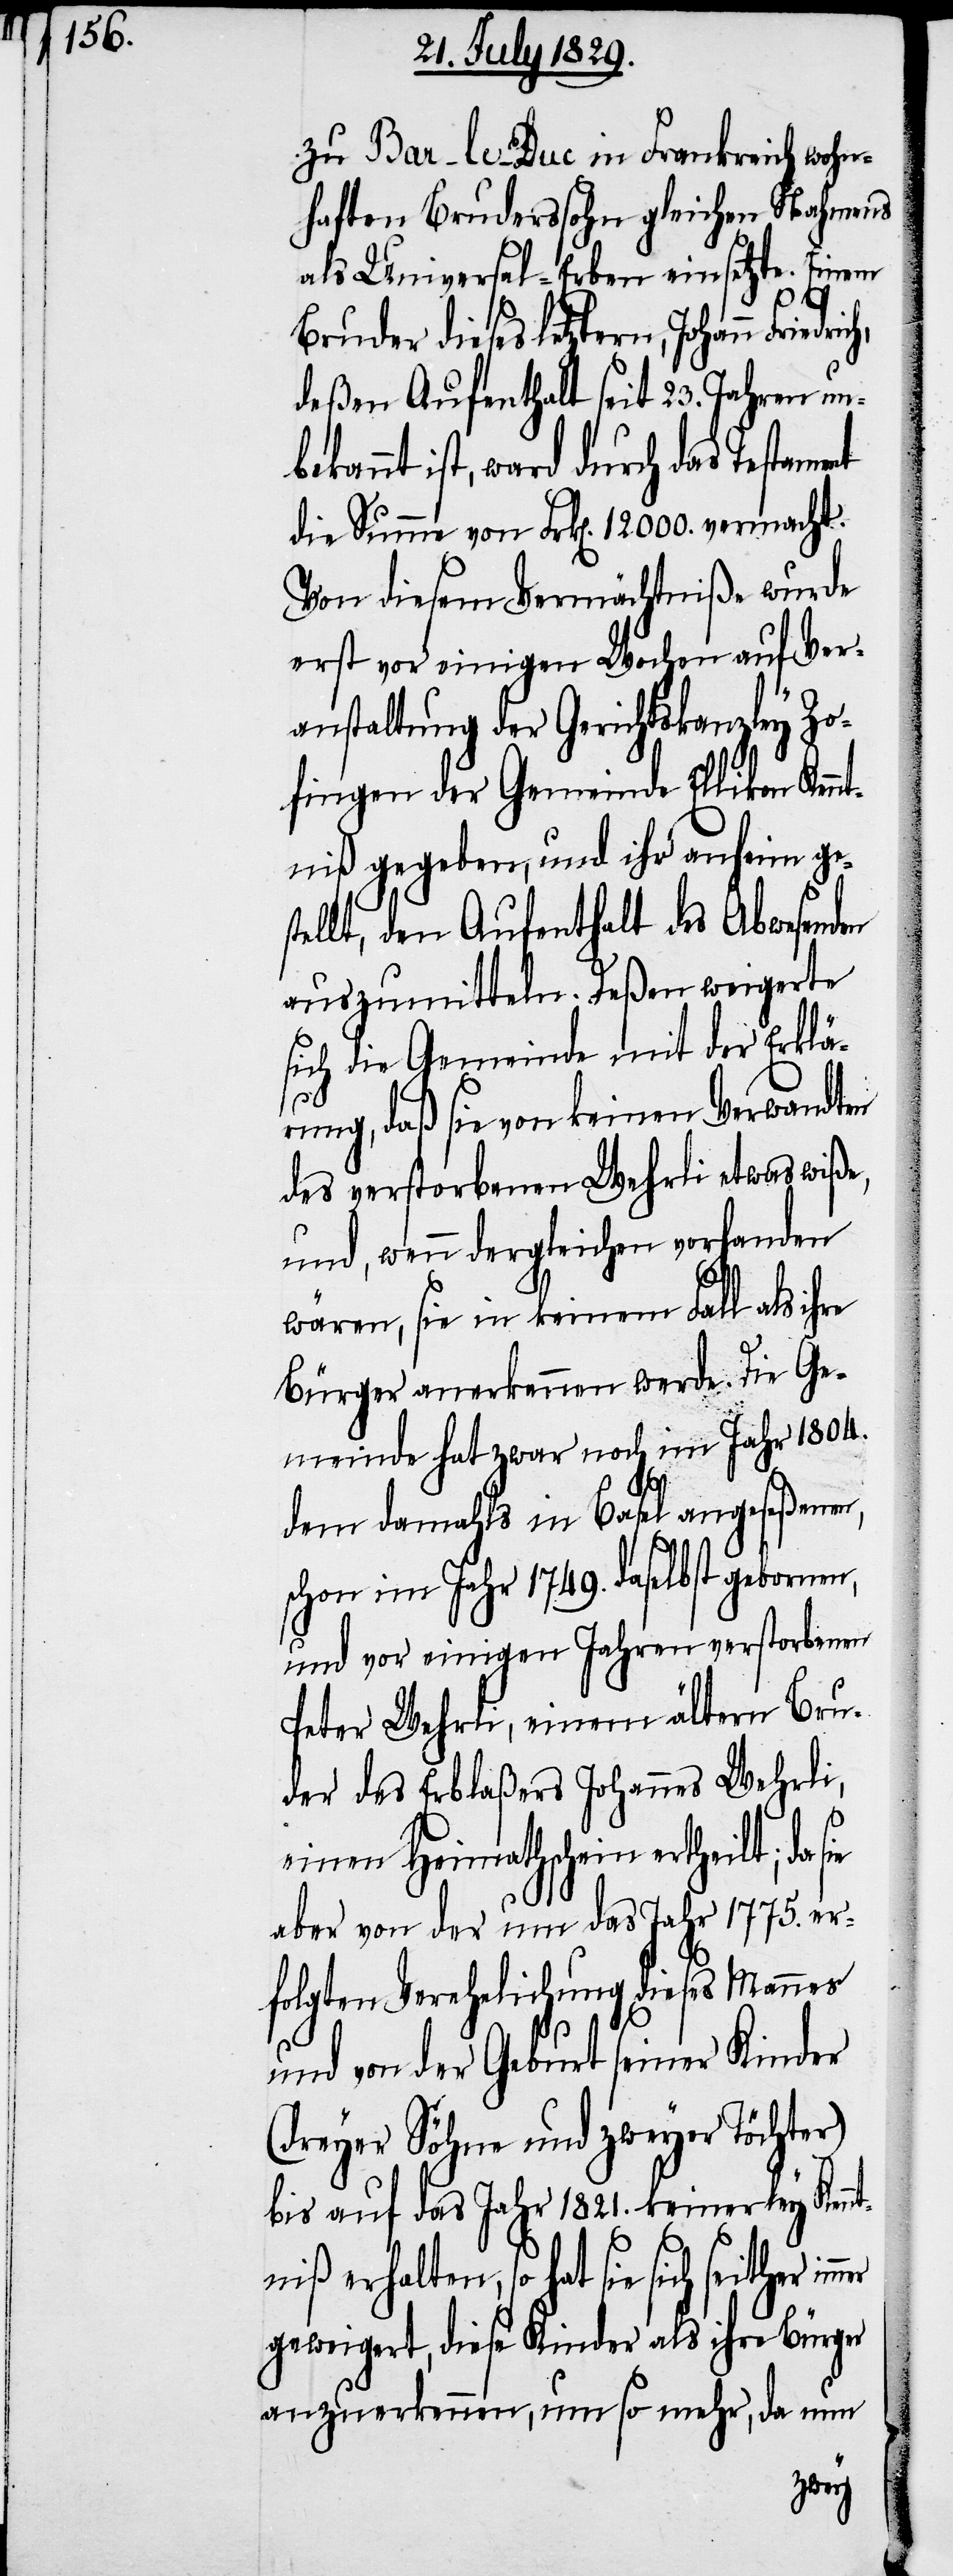
zu Bar-le-Duc in Frankreich wohn¬
haften Bruderssohn gleichen Nahmens
als Universal-Erben einsetzte. Einem
ther
Bruder dieses letztern, Johann
deßen Aufenthalt seit 23. Jahren unb¬
ekannt ist, ward durch das Testament
die Summe von Frk[en]. 12000. vermacht.
Von diesem Vermächtniße wurde
erst vor einigen Wochen auf Ver¬
anstaltung der Gerichtskanzley Zo¬
fingen der Gemeinde Ellikon Kenn¬
tniß gegeben, und ihr anheim ges¬
tellt, den Aufenthalt des Abwesenden
auszumitteln. Deßen weigerte
sich die Gemeinde mit Erklä¬
rung, daß sie von keinen Verwandten
des verstorbenen Wehrli etwas wiße,
und, wenn dergleichen vorhanden
wären, sie in keinem Fall als ihre
Bürger anerkennen werde. Die Ge¬
meinde hat zwar noch im Jahr 1804.
dem damahls in Basel angeseßenen,
schon im Jahr 1749. daselbst gebornen,
und vor einigen Jahren verstorbenen
Peter Wehrli, einem ältern Bru¬
der des Erblaßers Johannes Wehrli,
einen Heimathschein ertheilt; da
aber von der um das Jahr 1775. er¬
folgten Verehelichung dieses Mannes
und von der Geburt seiner Kinder
(dreyer Söhne und zweyer Töchter)
bis auf das Jahr 1821. keinerley Ken¬
niß erhalten, so hat sie sich sei¬
geweigert, diese Kinder als ihre Bürger
anzuerkennen, um so mehr, da nun